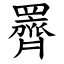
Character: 䍤